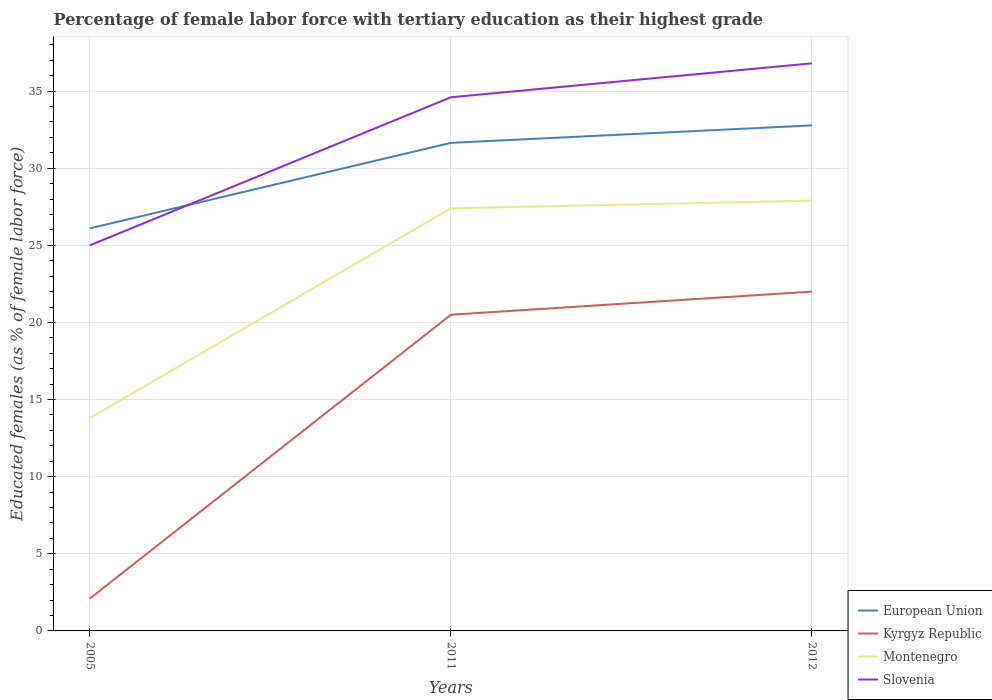
| Years | European Union | Kyrgyz Republic | Montenegro | Slovenia |
 | --- | --- | --- | --- | --- |
 | 2005 | 26.1 | 2.1 | 13.8 | 25 |
 | 2011 | 31.6 | 20.5 | 27.4 | 34.6 |
 | 2012 | 32.8 | 22 | 27.9 | 36.8 |